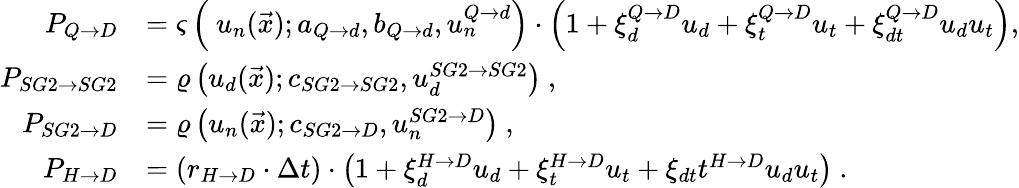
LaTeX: \begin{array}{rl}{P_{Q\rightarrow D}}&{=\varsigma\left(\ u_{n}(\vec{x});a_{Q\rightarrow d},b_{Q\rightarrow d},u_{n}^{Q\rightarrow d}\right)\cdot\left(1+\xi_{d}^{Q\rightarrow D}u_{d}+\xi_{t}^{Q\rightarrow D}u_{t}+\xi_{dt}^{Q\rightarrow D}u_{d}u_{t}\right),}\\ {P_{SG2\rightarrow SG2}}&{=\varrho\left(u_{d}(\vec{x});c_{SG2\rightarrow SG2},u_{d}^{SG2\rightarrow SG2}\right)\ ,}\\ {P_{SG2\rightarrow D}}&{=\varrho\left(u_{n}(\vec{x});c_{SG2\rightarrow D},u_{n}^{SG2\rightarrow D}\right)\ ,}\\ {P_{H\rightarrow D}}&{=\left(r_{H\rightarrow D}\cdot\Delta t\right)\cdot\left(1+\xi_{d}^{H\rightarrow D}u_{d}+\xi_{t}^{H\rightarrow D}u_{t}+\xi_{dt}t^{H\rightarrow D}u_{d}u_{t}\right)\ .}\end{array}